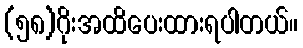
(၅၈)ဂိုးအထိပေးထားရပါတယ်။